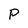
Character: P